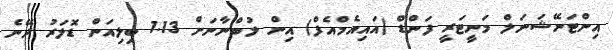
އިންޓަނޭޝަނަލް މަނީޓަރީ ފަންޑް (އައިއެމްއެފް) އިން ލުބްނާނަށް 1.13 ބިލިއަން ޑޮލަރު ދޭނެ